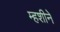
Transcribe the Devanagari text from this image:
म्हशीने